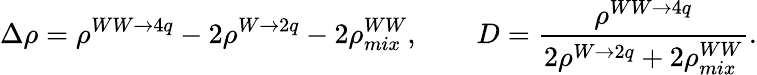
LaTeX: \Delta\rho=\rho^{WW\rightarrow 4q}-2\rho^{W\rightarrow 2q}-2\rho_{mix}^{WW},\qquad D=\frac{\rho^{WW\rightarrow 4q}}{2\rho^{W\rightarrow 2q}+2\rho_{mix}^{WW}}.